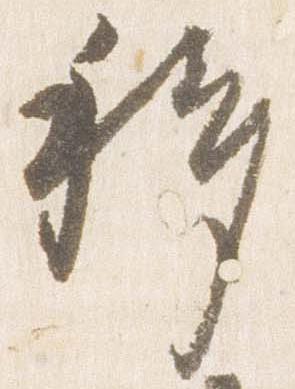
移